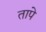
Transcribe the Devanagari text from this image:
तापे